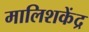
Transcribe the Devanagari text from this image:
मालिशकेंद्र